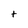
Character: t